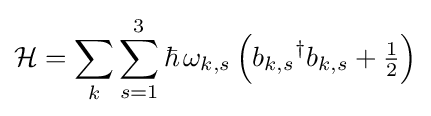
{\mathcal {H}}=\sum _{k}\sum _{s=1}^{3}\hbar \,\omega _{k,s}\left({b_{k,s}}^{\dagger }b_{k,s}+{\tfrac {1}{2}}\right)